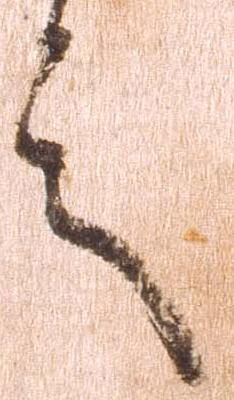
言